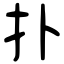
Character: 扑